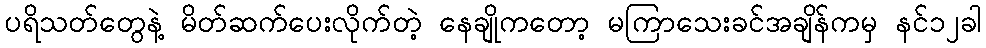
ပရိသတ်တွေနဲ့ မိတ်ဆက်ပေးလိုက်တဲ့ နေချိုကတော့ မကြာသေးခင်အချိန်ကမှ နင်၁၂ခါ